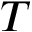
T